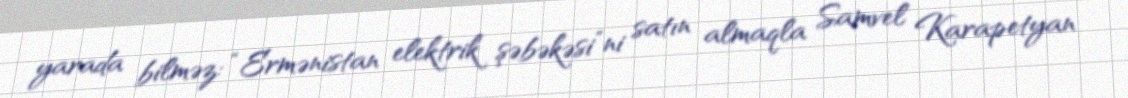
yarada bilməz: “Ermənistan elektrik şəbəkəsi”ni satın almaqla Samvel Karapetyan